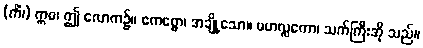
(ကိံ၊) ဣဓ၊ ဤ လောက၌။ ဧကစ္စော၊ အချို့သော။ မဟလ္လကော၊ သက်ကြီးအို သည်။